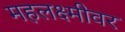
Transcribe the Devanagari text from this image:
महलक्ष्मीवर